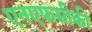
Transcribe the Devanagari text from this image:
एनएफसीकी